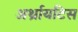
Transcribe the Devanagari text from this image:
अर्थ्रायटिस